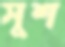
সুশ